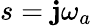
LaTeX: s=\mathbf{j}\omega_{a}